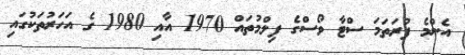
އެންމެ ފުރަތަމަ ސްޓާ ވޯސްގެ ފިލްމުތައް 1970 އާއި 1980 ގެ އަހަރުތަކުގައި